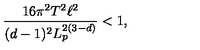
\frac { 1 6 \pi ^ { 2 } T ^ { 2 } \ell ^ { 2 } } { ( d - 1 ) ^ { 2 } L _ { p } ^ { 2 ( 3 - d ) } } < 1 ,